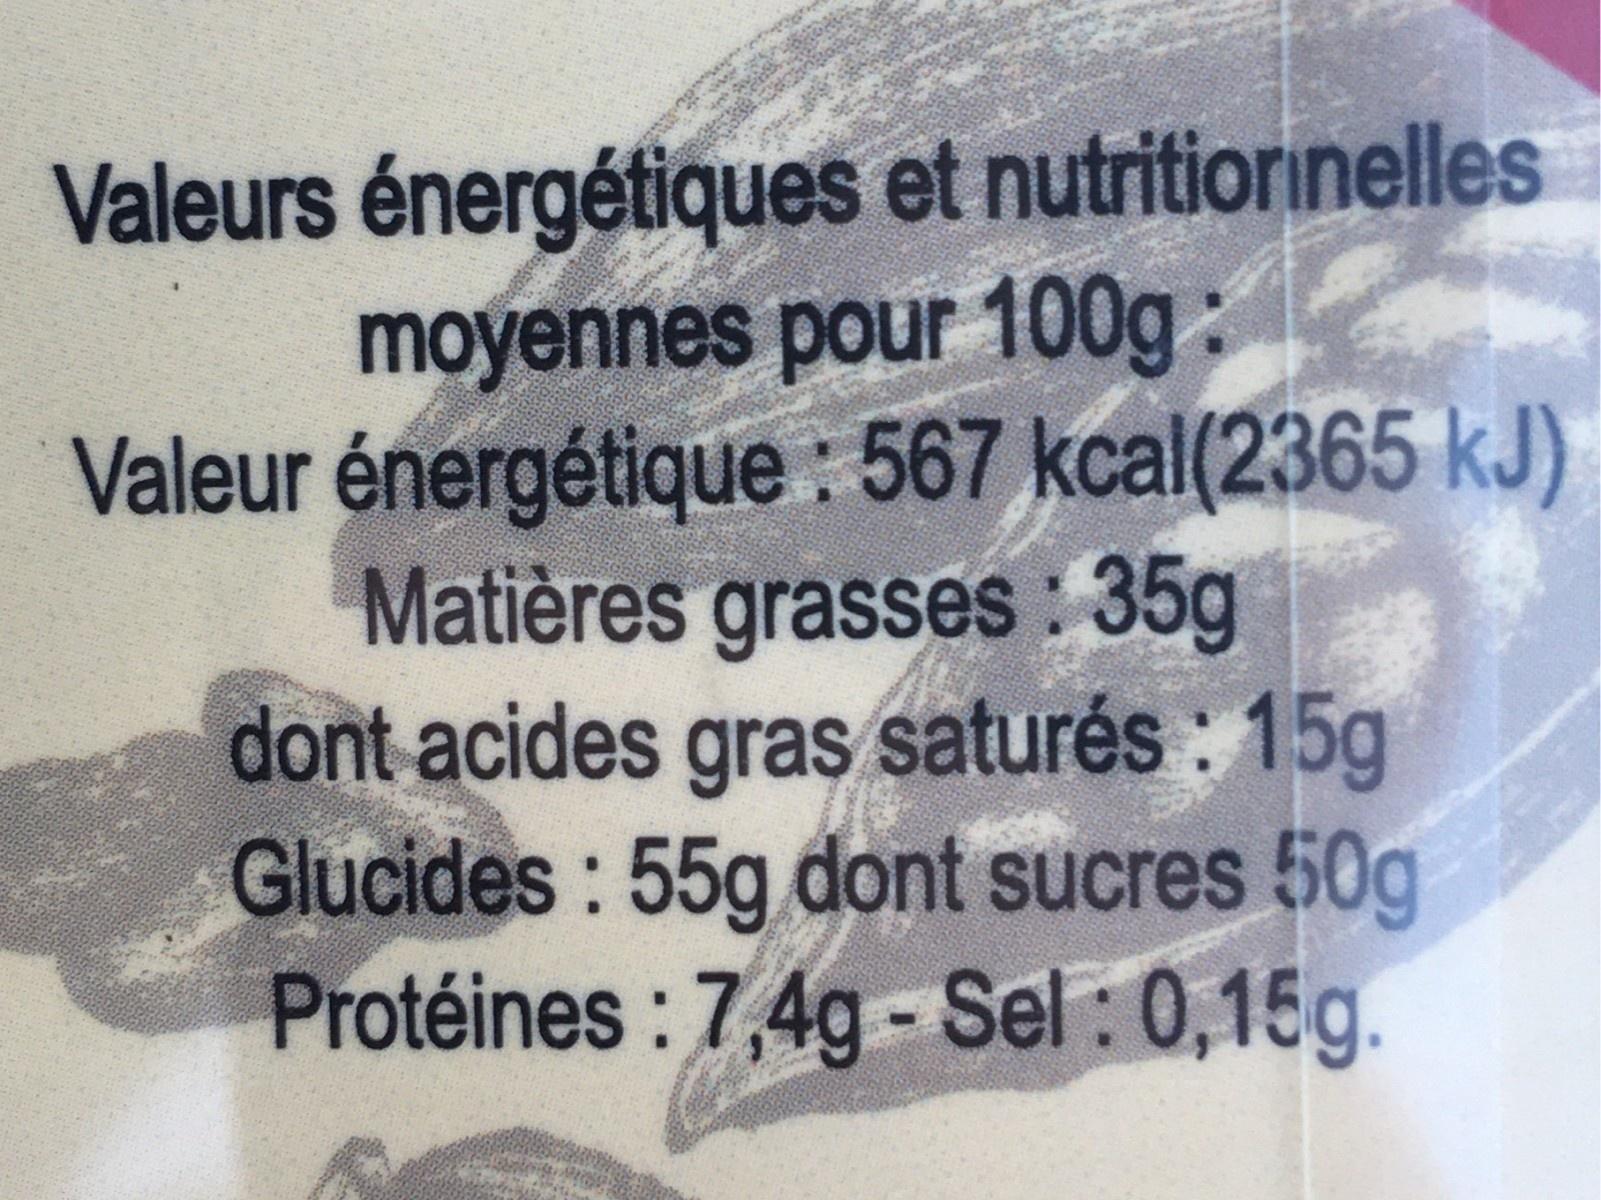
Valeurs énergétiques et nutritiorinelles moyennes pour 100g: Valeur énergétique : 567 kcal(2365 kJ) Matières grasses : 35g dont acides gras saturés : 15g Glucides : 55g dont sucres 50g Protéines : 7,4g - Sel:0,15g.